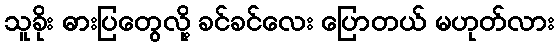
သူခိုး ဓားပြတွေလို့ ခင်ခင်လေး ပြောတယ် မဟုတ်လား